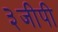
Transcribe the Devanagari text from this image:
३जीपी